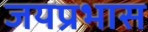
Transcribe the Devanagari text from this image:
जयप्रभास